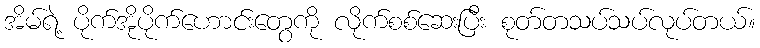
အိမ်ရဲ့ ပိုက်အိုပိုက်ဟောင်းတွေကို လိုက်စစ်ဆေးပြီး စုတ်တသပ်သပ်လုပ်တယ်။